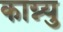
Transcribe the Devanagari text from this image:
काग्न्यु